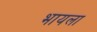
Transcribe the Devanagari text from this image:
भायला